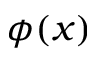
\phi ( x )